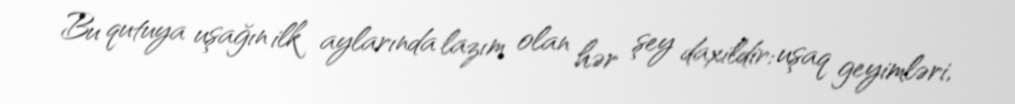
Bu qutuya uşağın ilk aylarında lazım olan hər şey daxildir: uşaq geyimləri,